Scottish Certificate of Education, 1963
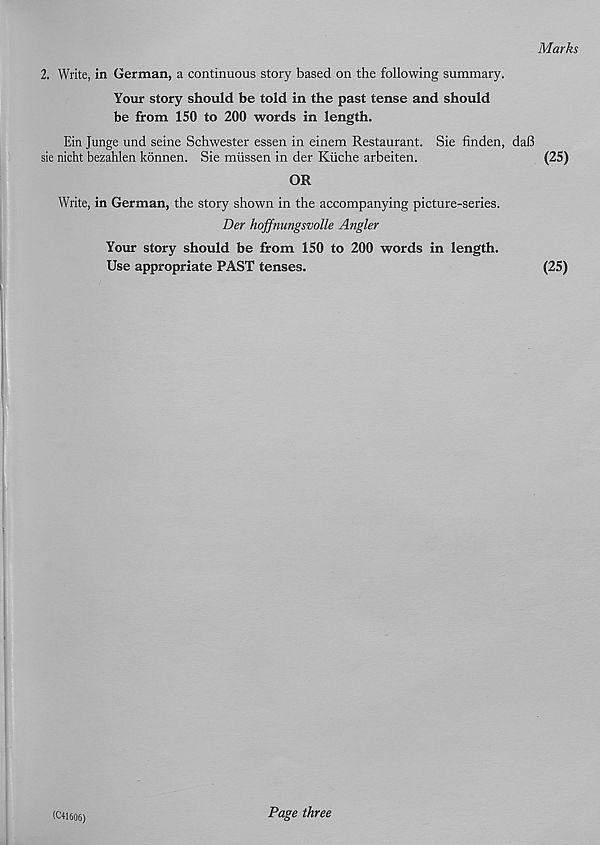
Marks
2. Write, in German, a continuous story based on the following summary.
Your story should be told in the past tense and should
be from 150 to 200 words in length.
Ein Junge und seine Schwester essen in einem Restaurant. Sie finden, daB
sie nicht bezahlen konnen. Sie miissen in der Kiiche arbeiten.
(25)
OR
Write, in German, the story shown in the accompanying picture-series.
Der hoffnungsvolle Angler
Your story should be from 150 to 200 words in length.
Use appropriate PAST tenses.
(25)
(C41606)
Page three